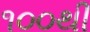
૧૦૦થી